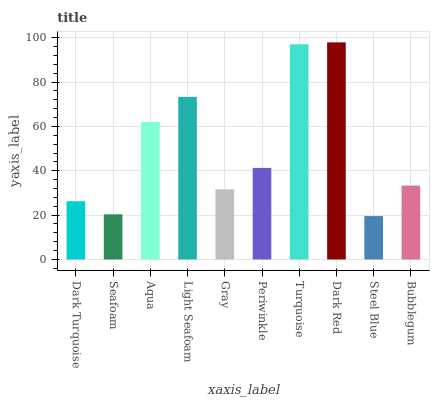
| xaxis_label | bars |
 | --- | --- |
 | Dark Turquoise | 26.3 |
 | Seafoam | 20.4 |
 | Aqua | 62 |
 | Light Seafoam | 73.3 |
 | Gray | 31.6 |
 | Periwinkle | 41.3 |
 | Turquoise | 97 |
 | Dark Red | 97.9 |
 | Steel Blue | 19.6 |
 | Bubblegum | 33.3 |